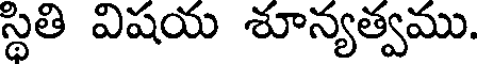
స్థితి విషయ శూన్యత్వము.